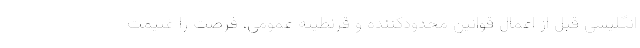
انگلیسی قبل از اعمال قوانین محدودکننده و قرنطینه عمومی، فرصت را غنیمت